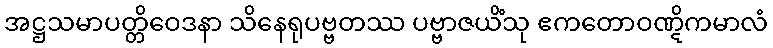
အဋ္ဌသမာပတ္တိဝေဒနာ သိနေရုပဗ္ဗတဿ ပဗ္ဗာဇယိံသု ဧကတောဝဏ္ဋိကမာလံ